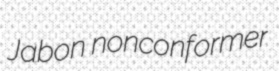
Jabon nonconformer